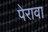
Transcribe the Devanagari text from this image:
पेरावा